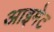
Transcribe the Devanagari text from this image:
आइमेट